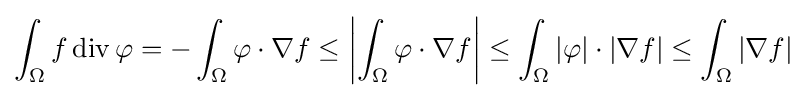
\int _{\Omega }f\operatorname {div} \mathbf {\varphi } =-\int _{\Omega }\mathbf {\varphi } \cdot \nabla f\leq \left|\int _{\Omega }\mathbf {\varphi } \cdot \nabla f\right|\leq \int _{\Omega }\left|\mathbf {\varphi } \right|\cdot \left|\nabla f\right|\leq \int _{\Omega }\left|\nabla f\right|